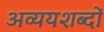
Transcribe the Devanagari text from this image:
अव्ययशब्दों